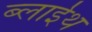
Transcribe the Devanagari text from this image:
ब्लाईथ